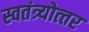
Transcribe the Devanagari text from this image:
स्वतंत्र्योत्‍तर